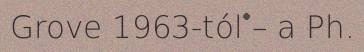
Grove 1963-tól – a Ph.